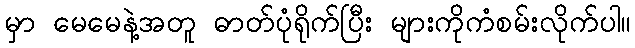
မှာ မေမေနဲ့အတူ ဓာတ်ပုံရိုက်ပြီး များကိုကံစမ်းလိုက်ပါ။